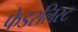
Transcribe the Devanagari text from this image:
फेडरलिस्ट